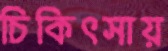
চিকিৎসায়